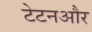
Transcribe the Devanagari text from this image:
टेटनऔर